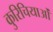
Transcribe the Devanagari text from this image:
कुरिचियाओं